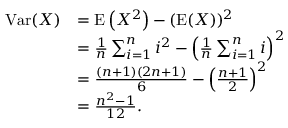
{ \begin{array} { r l } { \operatorname { V a r } ( X ) } & { = \operatorname { E } \left( X ^ { 2 } \right) - ( \operatorname { E } ( X ) ) ^ { 2 } } \\ & { = { \frac { 1 } { n } } \sum _ { i = 1 } ^ { n } i ^ { 2 } - \left( { \frac { 1 } { n } } \sum _ { i = 1 } ^ { n } i \right) ^ { 2 } } \\ & { = { \frac { ( n + 1 ) ( 2 n + 1 ) } { 6 } } - \left( { \frac { n + 1 } { 2 } } \right) ^ { 2 } } \\ & { = { \frac { n ^ { 2 } - 1 } { 1 2 } } . } \end{array} }